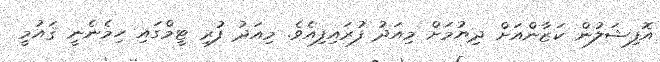
އޮފިޝަލުން ކަޒާންއަށް ދިޔުމަށް މިއަދު ފުރައިފިއެވެ. މިއަދު ފުރި ޓީމްގައި ހިމެނެނީ ޤައުމީ